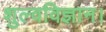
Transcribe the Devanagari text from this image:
शुल्वविज्ञान।